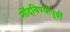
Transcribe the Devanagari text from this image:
नोंदविण्यापूर्वी